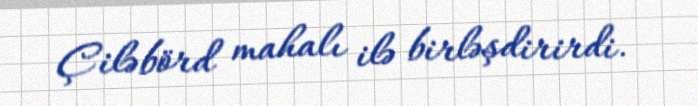
Çiləbörd mahalı ilə birləşdirirdi.